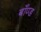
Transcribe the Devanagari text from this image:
बाँण्ड